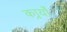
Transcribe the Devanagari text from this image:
कार्र्यों